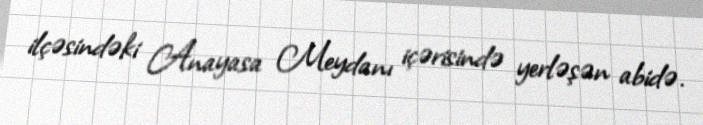
ilçəsindəki Anayasa Meydanı içərisində yerləşən abidə.